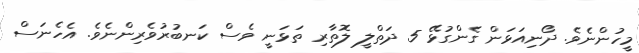
މީހުންނެވެ. ދޯނިއަޅަން ގެންގުޅޭ 5 ދަތްލީ ލޮތާރި ތަޅަނީ ވެސް ކަނބުރުވެރިންނެވެ. އެހެނަސް